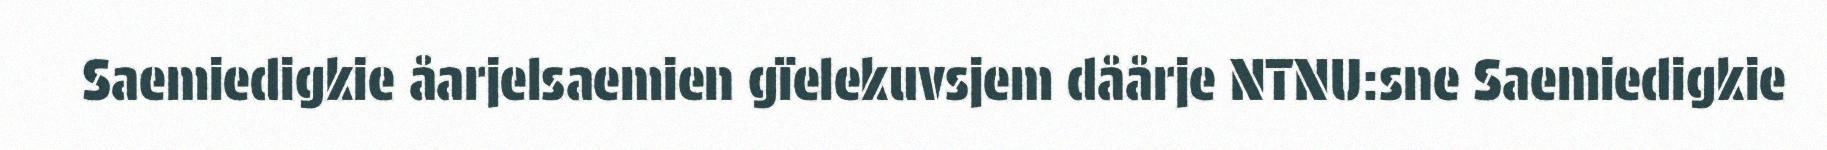
Saemiedigkie åarjelsaemien gïelekuvsjem dåårje NTNU:sne Saemiedigkie